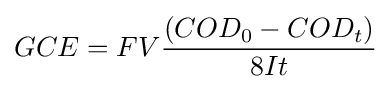
GCE=FV{\frac {(COD_{0}-COD_{t})}{8It}}